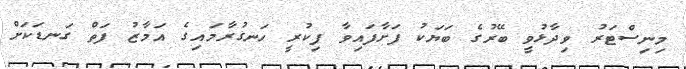
މިނިސްޓަރު ވިދާޅުވީ ބޭރުގެ ބަޔަކު ފަށާފައިވާ ފިކުރީ ހަނގުރާމައިގެ އަމާޒު ފަތް ގަނޑަކަށް